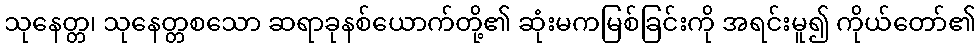
သုနေတ္တ၊ သုနေတ္တစသော ဆရာခုနစ်ယောက်တို့၏ ဆုံးမကမြစ်ခြင်းကို အရင်းမူ၍ ကိုယ်တော်၏